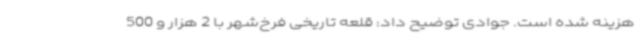
هزینه شده است. جوادی توضیح داد: قلعه تاریخی فرخ‌شهر با 2 هزار و 500